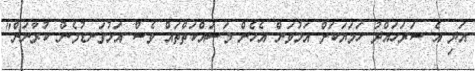
އަދި އެ ސަރަހައްދު ހަމަޔަކަށް އަޅުވަން އެހެން މަސައްކަތްތައް ވެސް އަޅުގަނޑުމެން ކުރާނަން"